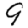
Digit: 9